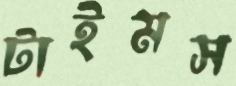
টাইমস